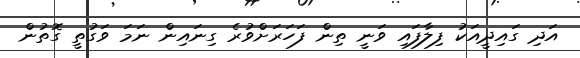
އަދި ގައިދީއަކު ފިލާފައި ވަނީ ތިން ފަހަރަށްވުރެ ގިނައިން ނަމަ ވަގުތީ ގޮތުން